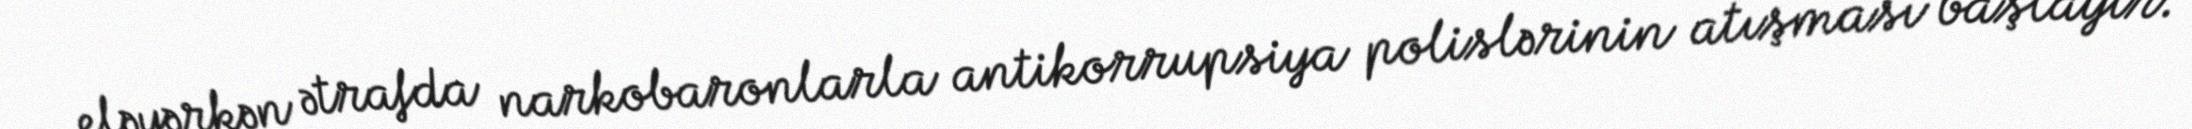
eləyərkən ətrafda narkobaronlarla antikorrupsiya polislərinin atışması başlayır.